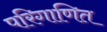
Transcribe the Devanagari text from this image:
परिगाणित